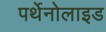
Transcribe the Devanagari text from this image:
पर्थेनोलाइड